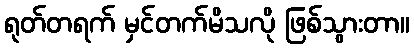
ရုတ်တရက် မှင်တက်မိသလို ဖြစ်သွားတာ။